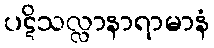
ပဋိသလ္လာနာရာမာနံ